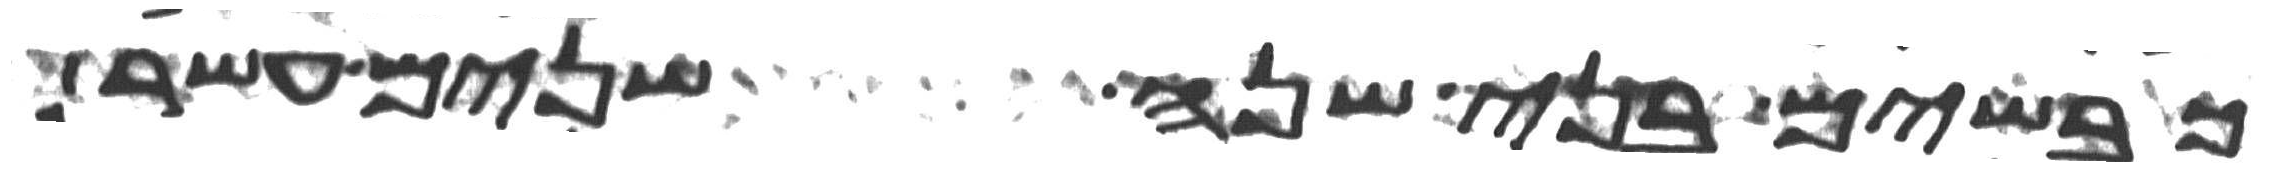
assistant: כבשים בני שנה שנים עשר